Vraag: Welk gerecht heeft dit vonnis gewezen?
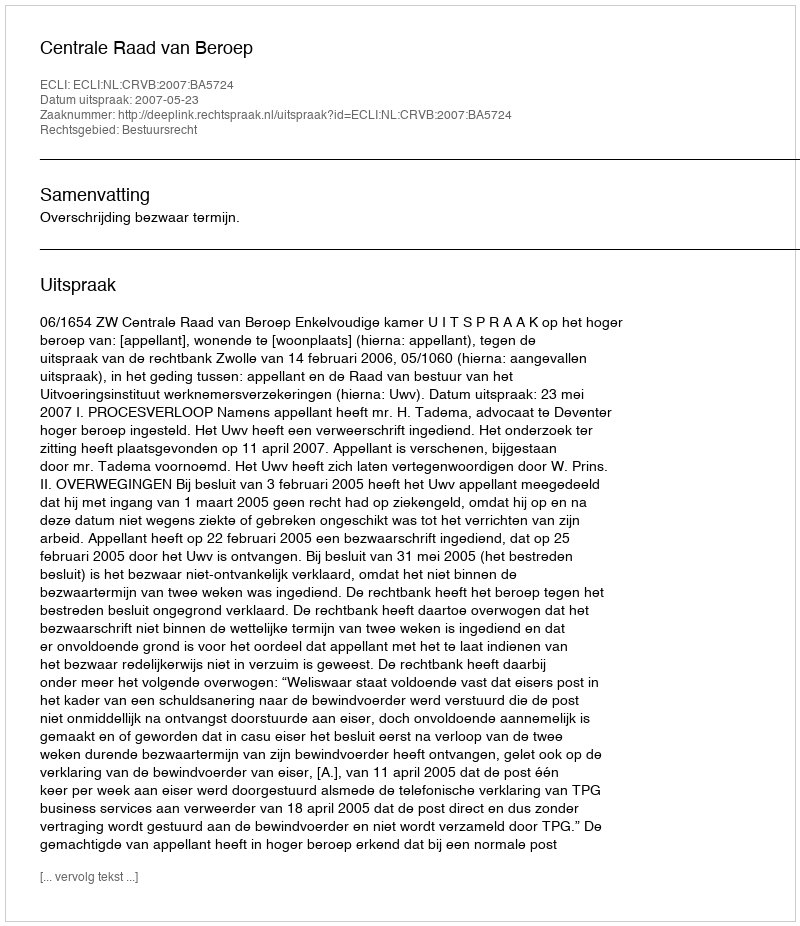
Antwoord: Centrale Raad van Beroep